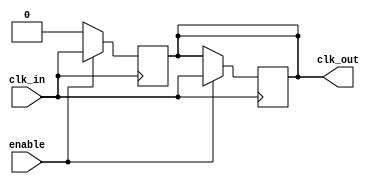
module ClockBuffer (
    input wire clk_in,          // Input clock signal
    input wire enable,          // Enable signal for the clock output
    output reg clk_out          // Buffered clock output
);

    // Parameters for propagation delay control (can be adjusted)
    parameter DELAY = 1;        // Delay in time units (e.g., nanoseconds)

    // Clock buffer logic with enable functionality
    always @(posedge clk_in) begin
        if (enable) begin
            #DELAY clk_out <= clk_in;  // Buffering with propagation delay
        end else begin
            clk_out <= 1'b0;            // Disable output clock when not enabled
        end
    end

    // Optionally handle negedge if needed (for differential signals)
    always @(negedge clk_in) begin
        if (enable) begin
            #DELAY clk_out <= clk_in;  // Buffering with propagation delay
        end
    end

    // Testability feature: Test point for validation (can be customized)
    // Generate test signal based on the output clock
    always @(posedge clk_out) begin
        // Example test point could be added here
    end

endmodule